Indian journal of veterinary science and animal husbandry - Volume 7,
Year: 1937
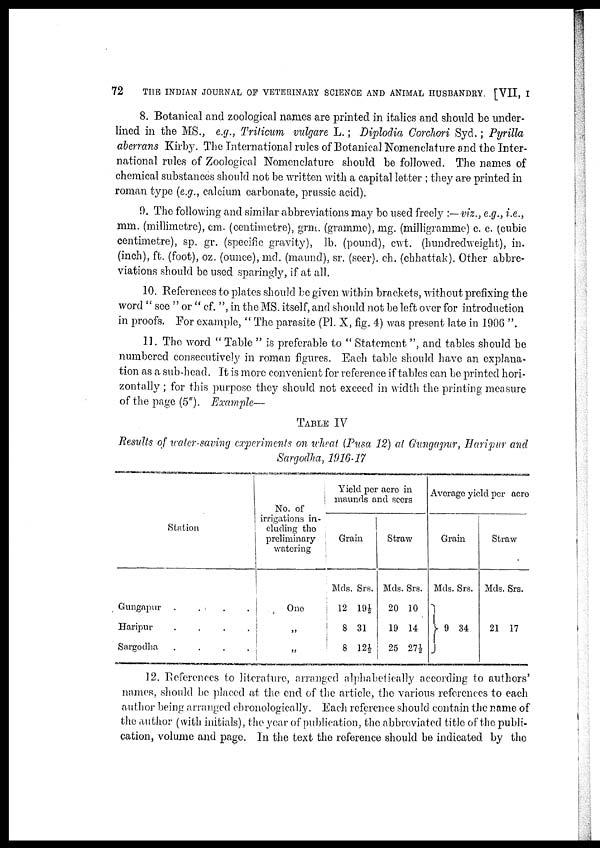
72 THE INDIAN JOURNAL OF VETERINARY SCIENCE AND ANIMAL HUSBANDRY. [VII, I
8. Botanical and zoological names are printed in italics and should be under-
lined in the MS., e.g., Triticum vulgare L.; Diplodia Corchori Syd.; Pyrilla
aberrans Kirby. The International rules of Botanical Nomenclature and the Inter-
national rules of Zoological Nomenclature should be followed. The names of
chemical substances should not be written with a capital letter ; they are printed in
roman type (e.g., calcium carbonate, prussic acid).
9. The following and similar abbreviations may be used freely :—viz., e.g., i.e.,
mm. (millimetre), cm. (centimetre), grm. (gramme), mg. (milligramme) c. c. (cubic
centimetre), sp. gr. (specific gravity), lb. (pound), cwt. (hundredweight), in.
(inch), ft. (foot), oz. (ounce), md. (maund), sr. (seer). ch. (chhattak). Other abbre-
viations should be used sparingly, if at all.
10. References to plates should be given within brackets, without prefixing the
word " see " or " cf. ", in the MS. itself, and should not be left over for introduction
in proofs. For example, " The parasite (Pl. X, fig. 4) was present late in 1906 ".
11. The word " Table " is preferable to " Statement ", and tables should be
numbered consecutively in roman figures. Each table should have an explana-
tion as a sub-head. It is more convenient for reference if tables can be printed hori-
zontally ; for this purpose they should not exceed in width the printing measure
of the page (5"). Example—
TABLE IV
Results of water-saving experiments on wheat (Pusa 12) at Gungapur, Haripur and
Sargodha, 1916-17
Station
Gungapur . . . .
Haripur . . . .
Sargodha . . . .
No. of
irrigations in-
cluding the
preliminary
watering
One
„
„
Yield per acre in
maunds and seers
Grain
Mds.
12
8
8
Srs.
19½
31
12½
Straw
Mds.
20
19
25
Srs.
10
14
27½
Averge yield per acre
Grain
Mds.
9
Srs.
34
Straw
Mds.
21
Srs.
17
12. References to literature, arranged alphabetically according to authors'
names, should be placed at the end of the article, the various references to each
author being arranged chronologically. Each reference should contain the name of
the author (with initials), the year of publication, the abbreviated title of the publi-
cation, volume and page. In the text the reference should be indicated by the